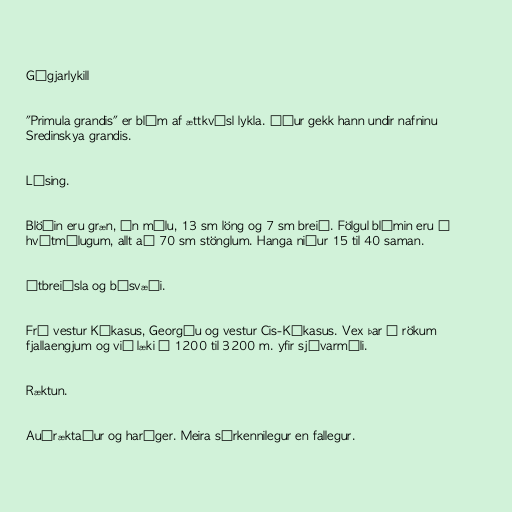
Gýgjarlykill

"Primula grandis" er blóm af ættkvísl lykla. Áður gekk hann undir nafninu
Sredinskya grandis.

Lýsing.

Blöðin eru græn, án mélu, 13 sm löng og 7 sm breið. Fölgul blómin eru á
hvítmélugum, allt að 70 sm stönglum. Hanga niður 15 til 40 saman.

Útbreiðsla og búsvæði.

Frá vestur Kákasus, Georgíu og vestur Cis-Kákasus. Vex þar í rökum
fjallaengjum og við læki í 1200 til 3200 m. yfir sjávarmáli.

Ræktun.

Auðræktaður og harðger. Meira sérkennilegur en fallegur.